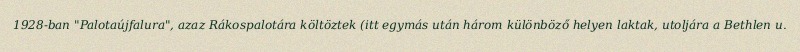
1928-ban "Palotaújfalura", azaz Rákospalotára költöztek (itt egymás után három különböző helyen laktak, utoljára a Bethlen u.